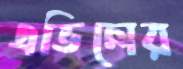
এভিলের